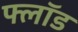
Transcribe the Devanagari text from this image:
फ्लॉड